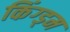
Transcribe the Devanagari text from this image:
किंग्ड्म